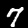
Label: 7